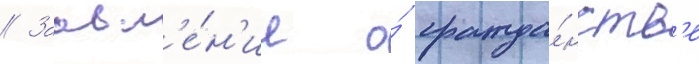
// Заавл'е́н'ие о́ гражда́нств'е